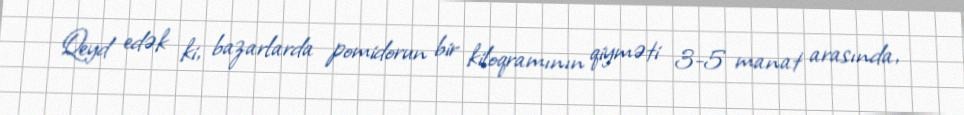
Qeyd edək ki, bazarlarda pomidorun bir kiloqramının qiyməti 3-5 manat arasında,